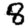
Digit: 8